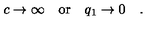
c \rightarrow \infty \quad \mathrm { o r } \quad q _ { 1 } \rightarrow 0 \quad .